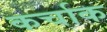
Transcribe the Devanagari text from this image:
कर्चाक